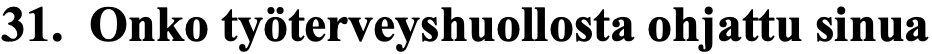
31. Onko työterveyshuollosta ohjattu sinua